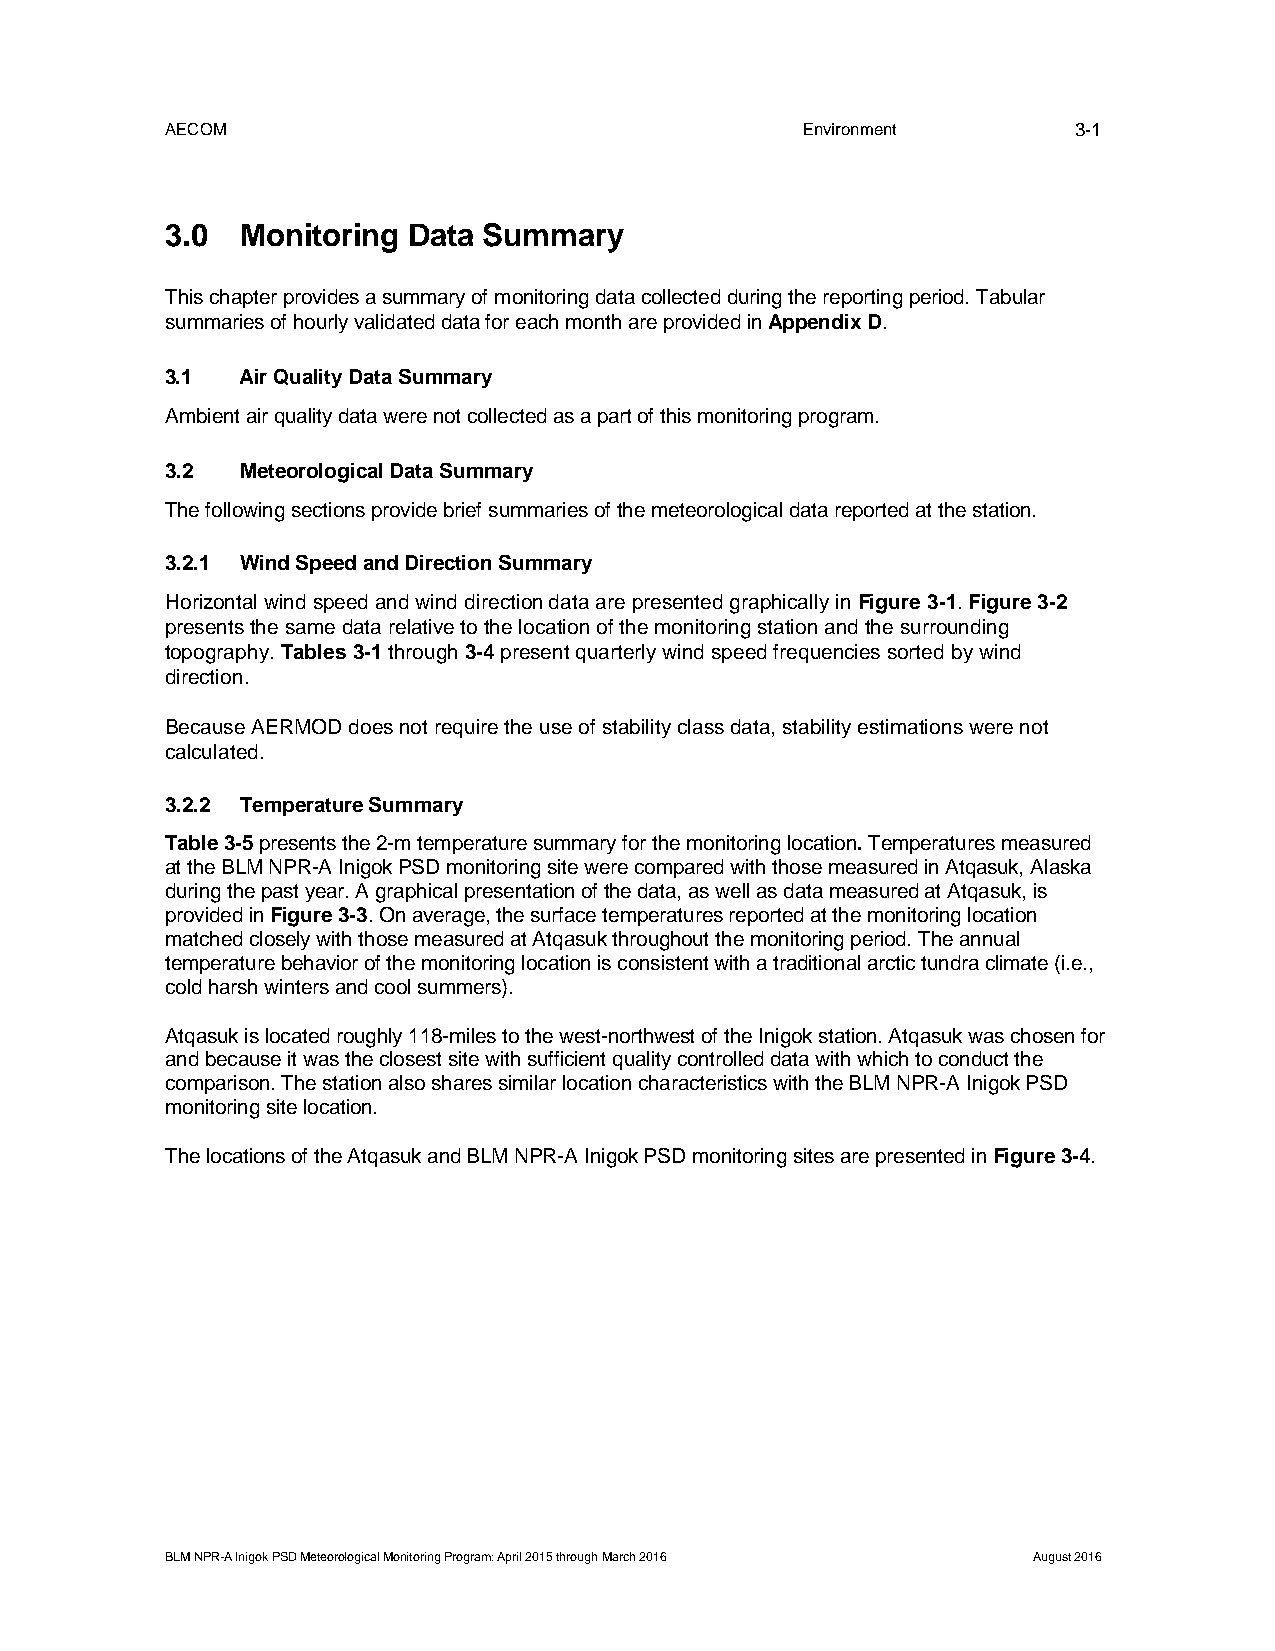
AECOM                                     Environment       3-1
 3.0  Monitoring Data Summary
 This chapter provides a summary of monitoring data collected during the reporting period. Tabular
 summaries of hourly validated data for each month are provided in Appendix D.
 3.1  Air Quality Data Summary
 Ambient air quality data were not collected as a part of this monitoring program.
 3.2  Meteorological Data Summary
 The following sections provide brief summaries of the meteorological data reported at the station.
 3.2.1 Wind Speed and Direction Summary
 Horizontal wind speed and wind direction data are presented graphically in Figure 3-1. Figure 3-2
 presents the same data relative to the location of the monitoring station and the surrounding
 topography. Tables 3-1 through 3-4 present quarterly wind speed frequencies sorted by wind
 direction.
 Because AERMOD does not require the use of stability class data, stability estimations were not
 calculated.
 3.2.2 Temperature Summary
 Table 3-5 presents the 2-m temperature summary for the monitoring location. Temperatures measured
 at the BLM NPR-A Inigok PSD monitoring site were compared with those measured in Atqasuk, Alaska
 during the past year. A graphical presentation of the data, as well as data measured at Atqasuk, is
 provided in Figure 3-3. On average, the surface temperatures reported at the monitoring location
 matched closely with those measured at Atqasuk throughout the monitoring period. The annual
 temperature behavior of the monitoring location is consistent with a traditional arctic tundra climate (i.e.,
 cold harsh winters and cool summers).
 Atqasuk is located roughly 118-miles to the west-northwest of the Inigok station. Atqasuk was chosen for
 and because it was the closest site with sufficient quality controlled data with which to conduct the
 comparison. The station also shares similar location characteristics with the BLM NPR-A Inigok PSD
 monitoring site location.
 The locations of the Atqasuk and BLM NPR-A Inigok PSD monitoring sites are presented in Figure 3-4.
 BLM NPR-A Inigok PSD Meteorological Monitoring Program: April 2015 through March 2016 August 2016